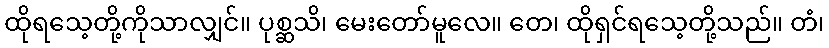
ထိုရသေ့တို့ကိုသာလျှင်။ ပုစ္ဆသိ၊ မေးတော်မူလေ။ တေ၊ ထိုရှင်ရသေ့တို့သည်။ တံ၊